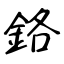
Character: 鉻